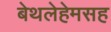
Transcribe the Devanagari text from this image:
बेथलेहेमसह